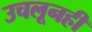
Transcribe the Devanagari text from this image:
उचलूनही